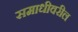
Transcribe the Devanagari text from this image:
समाधीवरील